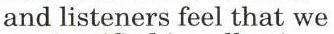
and listeners feel that we